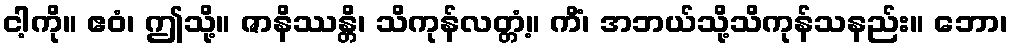
ငါ့ကို။ ဧဝံ၊ ဤသို့။ ဇာနိဿန္တိ၊ သိကုန်လတ္တံ့။ ကိံ၊ အဘယ်သို့သိကုန်သနည်း။ ဘော၊